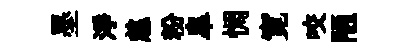
墨淨慈粉臯惆寛咬陋